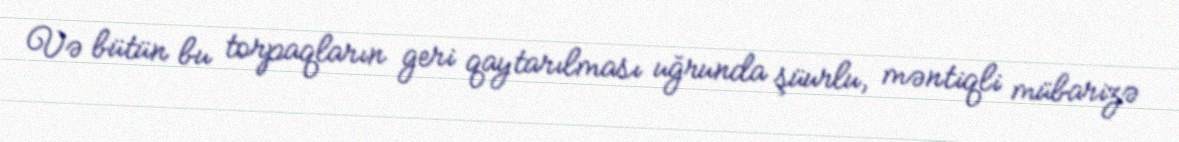
Və bütün bu torpaqların geri qaytarılması uğrunda şüurlu, məntiqli mübarizə